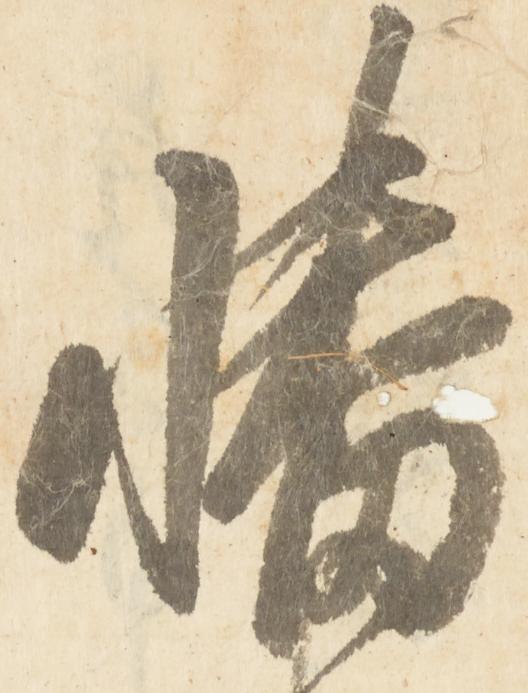
幡